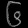
Digit: ၆